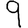
Digit: 9